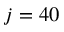
j = 4 0